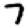
Digit: 7